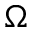
\Omega